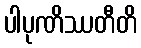
ပါပုဏိဿတီတိ